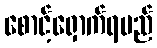
စောင့်ရှောက်ရမည်